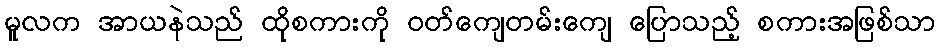
မူလက အာယနဲသည် ထိုစကားကို ဝတ်ကျေတမ်းကျေ ပြောသည့် စကားအဖြစ်သာ